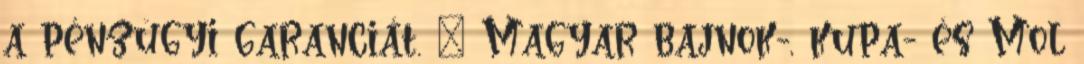
a pénzügyi garanciát. – Magyar bajnok-, kupa- és Mol